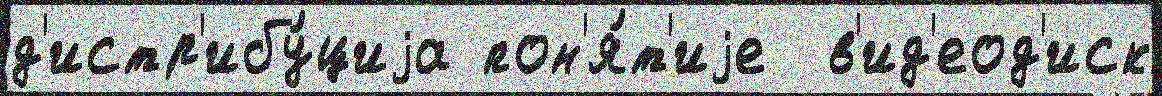
д'истр'ибу́циjа пон'я́т'иjе  в'ид'еод'иск